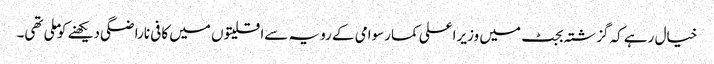
خیال رہے کہ گزشتہ بجٹ میں وزیراعلی کمارسوامی کے رویہ سےاقلیتوں میں کافی ناراضگی دیکھنے کوملی تھی۔